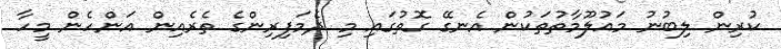
ކުރިން ލިބުނު މައުލޫމާތުތަކުން އެނގޭ ގޮތުގައި މި ދެމަފިރިންގެ ތެރެއިން އަންހެން މީހާ